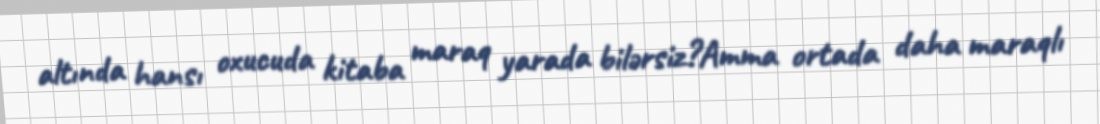
altında hansı oxucuda kitaba maraq yarada bilərsiz?Amma ortada daha maraqlı